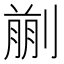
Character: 𠞳